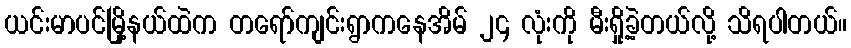
ယင်းမာပင်မြို့နယ်ထဲက တရော်ကျင်းရွာကနေအိမ် ၂၄ လုံးကို မီးရှို့ခဲ့တယ်လို့ သိရပါတယ်။